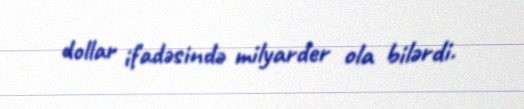
dollar ifadəsində milyarder ola bilərdi.